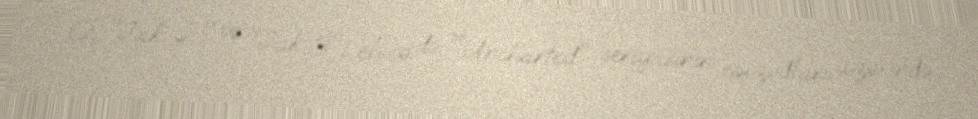
O, "Jak 2" və "Jak 3", eləcə də "Uncharted" seriyasının epizodları üzərində